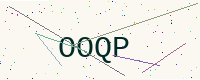
Text: OOQP